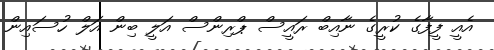
އެއީ ފީފާގެ ކުރީގެ ނާއިބް ރައީސް ޕްރިންސް އަލީ ބިން އަލް ހުސައިން